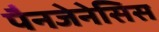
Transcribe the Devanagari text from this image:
पैनजेनेसिस